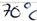
Text: 70°C